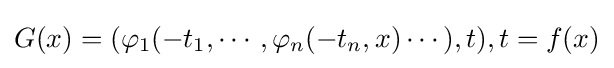
G(x)=(\varphi _{1}(-t_{1},\cdots ,\varphi _{n}(-t_{n},x)\cdots ),t),t=f(x)